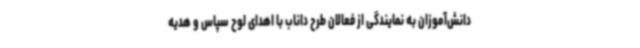
دانش‌آموزان به نمایندگی از فعالان طرح داناب با اهدای لوح سپاس و هدیه